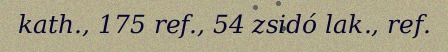
kath., 175 ref., 54 zsidó lak., ref.